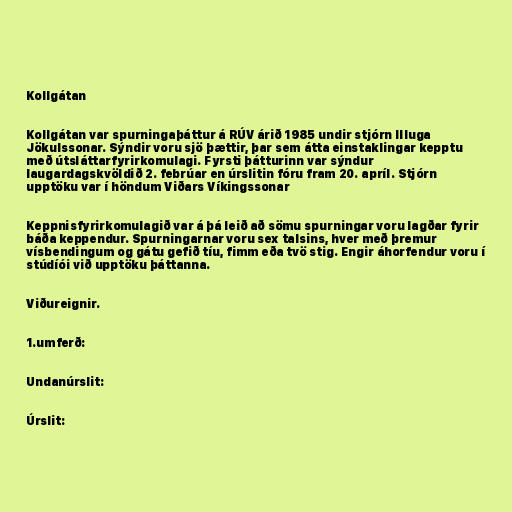
Kollgátan

Kollgátan var spurningaþáttur á RÚV árið 1985 undir stjórn Illuga
Jökulssonar. Sýndir voru sjö þættir, þar sem átta einstaklingar kepptu
með útsláttarfyrirkomulagi. Fyrsti þátturinn var sýndur
laugardagskvöldið 2. febrúar en úrslitin fóru fram 20. apríl. Stjórn
upptöku var í höndum Viðars Víkingssonar

Keppnisfyrirkomulagið var á þá leið að sömu spurningar voru lagðar fyrir
báða keppendur. Spurningarnar voru sex talsins, hver með þremur
vísbendingum og gátu gefið tíu, fimm eða tvö stig. Engir áhorfendur voru í
stúdíói við upptöku þáttanna.

Viðureignir.

1.umferð:

Undanúrslit:

Úrslit: